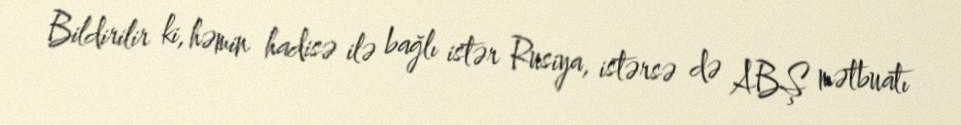
Bildirilir ki, həmin hadisə ilə bağlı istər Rusiya, istərsə də ABŞ mətbuatı